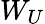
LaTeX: W_{U}